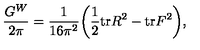
{ \frac { G ^ { W } } { 2 \pi } } = { \frac { 1 } { 1 6 \pi ^ { 2 } } } \bigg ( { \frac { 1 } { 2 } } \mathrm { t r } R ^ { 2 } - \mathrm { t r } F ^ { 2 } \bigg ) ,